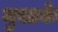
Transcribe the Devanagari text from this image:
मुसाके